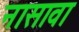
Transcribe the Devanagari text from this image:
नासावा